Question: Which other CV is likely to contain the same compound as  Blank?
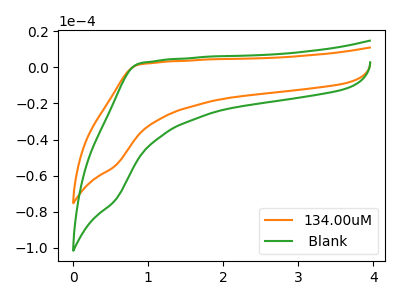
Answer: <think>The orange curve "134.00uM" has no peaks. The green curve " Blank" has no peaks.
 Neither "134.00uM" or " Blank" have any peaks.</think>
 <answer>The CV with the most similar shape to "134.00uM" is " Blank".</answer>
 <eval>" Blank"</eval>